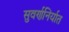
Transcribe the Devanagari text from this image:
सुवर्णनिर्यात